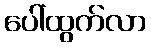
ပေါ်ထွက်လာ